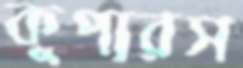
কুপারস